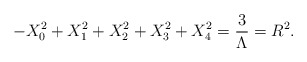
\begin{align*}-X_{0}^{2}+X_{1}^{2}+X_{2}^{2}+X_{3}^{2}+X_{4}^{2}=\frac{3}{\Lambda }=R^{2}.\end{align*}